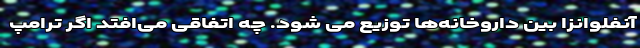
آنفلوانزا بین داروخانه‌ها توزیع می شود. چه اتفاقی می‌افتد اگر ترامپ